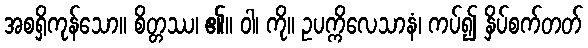
အစရှိကုန်သော။ စိတ္တဿ၊ ၏။ ဝါ၊ ကို။ ဥပက္ကိလေသာနံ၊ ကပ်၍ နှိပ်စက်တတ်